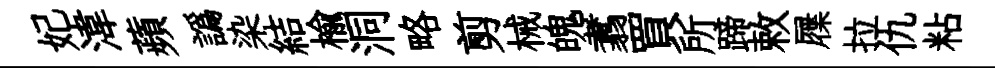
妃湋蘋譌染結楡洞略剪械魄翥買所蹄敕屧拉仇粘